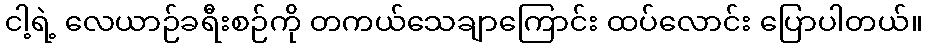
ငါ့ရဲ့ လေယာဉ်ခရီးစဉ်ကို တကယ်သေချာကြောင်း ထပ်လောင်း ပြောပါတယ်။